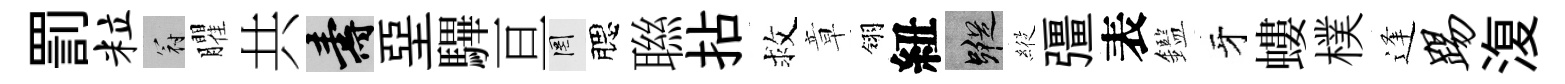
罰粒冠臞共壽堊驆亘罔腮聮拈救章翎紐蹤𦂵彊表鑑牙螻樸逢踢𣸪